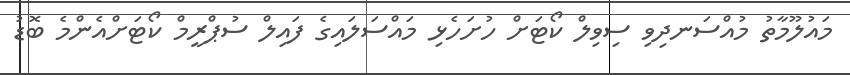
މައުލޫމާތު މުއްސަނދިވި ސިވިލް ކޯޓަށް ހުށަހެޅި މައްސަލައިގެ ފައިލް ސުޕްރީމް ކޯޓަށްއެންމެ ބޮޑު